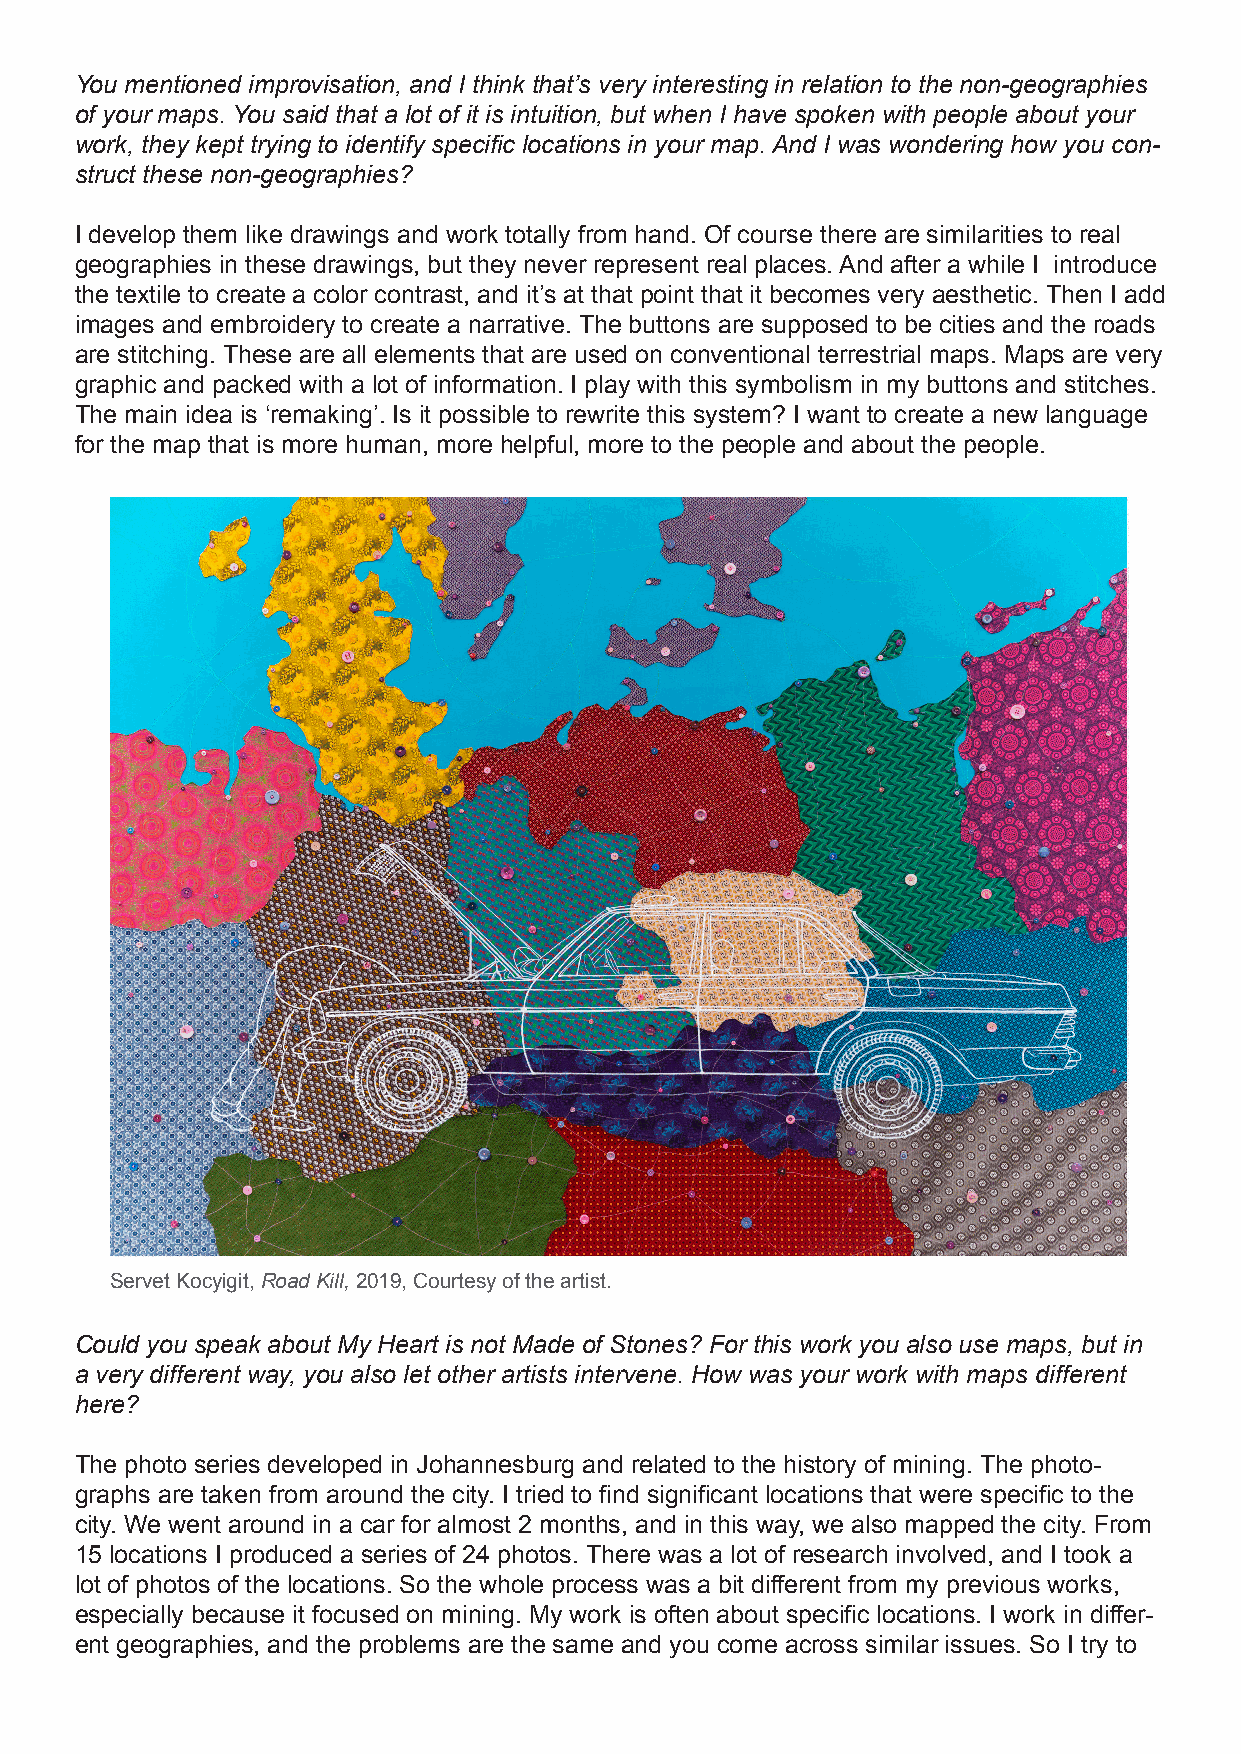
You mentioned improvisation, and I think that’s very interesting in relation to the non-geographies
 of your maps. You said that a lot of it is intuition, but when I have spoken with people about your
 work, they kept trying to identify specific locations in your map. And I was wondering how you con-
 struct these non-geographies?
 I develop them like drawings and work totally from hand. Of course there are similarities to real
 geographies in these drawings, but they never represent real places. And after a while I introduce
 the textile to create a color contrast, and it’s at that point that it becomes very aesthetic. Then I add
 images and embroidery to create a narrative. The buttons are supposed to be cities and the roads
 are stitching. These are all elements that are used on conventional terrestrial maps. Maps are very
 graphic and packed with a lot of information. I play with this symbolism in my buttons and stitches.
 The main idea is ‘remaking’. Is it possible to rewrite this system? I want to create a new language
 for the map that is more human, more helpful, more to the people and about the people.
 Servet Kocyigit, Road Kill, 2019, Courtesy of the artist.
 Could you speak about My Heart is not Made of Stones? For this work you also use maps, but in
 a very different way, you also let other artists intervene. How was your work with maps different
 here?
 The photo series developed in Johannesburg and related to the history of mining. The photo-
 graphs are taken from around the city. I tried to find significant locations that were specific to the
 city. We went around in a car for almost 2 months, and in this way, we also mapped the city. From
 15 locations I produced a series of 24 photos. There was a lot of research involved, and I took a
 lot of photos of the locations. So the whole process was a bit different from my previous works,
 especially because it focused on mining. My work is often about specific locations. I work in differ-
 ent geographies, and the problems are the same and you come across similar issues. So I try to